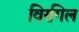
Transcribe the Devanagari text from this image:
विरगिल